Report on vaccination in Madras 1877-1894 - 1877-1894
Year: 1877
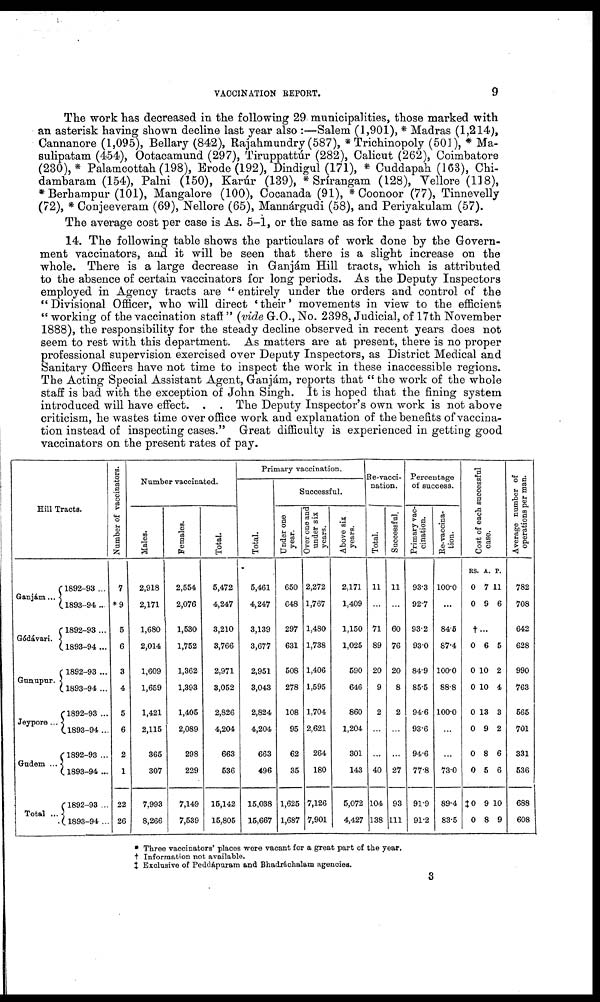
VACCINATION REPORT.
9
The work has decreased in the following 29 municipalities, those marked with
an asterisk having shown decline last year also :—Salem (1,901), * Madras (1,214),
Cannanore (1,095), Bellary (842), Rajahmundry (587), * Trichinopoly (501), * Ma¬
sulipatam (454), Ootacamund (297), Tiruppattúr (282), Calicut (262), Coimbatore
(230),* Palamcottah (198), Erode (192), Dindigul (171), * Cuddapah (163), Chi-
dambaram (154), Palni (150), Karúr (139), * Srírangam (128), Vellore (118),
* Berhampur (101), Mangalore (100), Cocanada (91), * Coonoor (77), Tinnevelly
(72), * Conjeeveram (69), Nellore (65), Mannárgudi (58), and Periyakulam (57).
The average cost per case is As. 5-1, or the same as for the past two years.
14. The following table shows the particulars of work done by the Govern-
ment vaccinators, and it will be seen that there is a slight increase on the
whole. There is a large decrease in Ganjám Hill tracts, which is attributed
to the absence of certain vaccinators for long periods. As the Deputy Inspectors
employed in Agency tracts are " entirely under the orders and control of the
"Divisional Officer, who will direct 'their' movements in view to the efficient
" working of the vaccination staff " (vide G.O., No. 2398, Judicial, of 17th November
1888), the responsibility for the steady decline observed in recent years does not
seem to rest with this department. As matters are at present, there is no proper
professional supervision exercised over Deputy Inspectors, as District Medical and
Sanitary Officers have not time to inspect the work in these inaccessible regions.
The Acting Special Assistant Agent, Ganjám, reports that " the work of the whole
staff is bad with the exception of John Singh. It is hoped that the fining system
introduced will have effect. . . The Deputy Inspector's own work is not above
criticism, he wastes time over office work and explanation of the benefits of vaccina-
tion instead of inspecting cases." Great difficulty is experienced in getting good
vaccinators on the present rates of pay.
Hill Tracts.
Ganjám...
Gódávari.
Gunupur.
Jeypore...
Gudem ...
Total ...
1892-93 ...
1893-94 ...
1892-93 ...
1893-94 ...
1892-93 ...
1893-94 ...
1892-93 ...
1893-94 ...
1892-93 ...
1893-94 ...
1892-93 ...
1893-94 ...
Number of vaccinators.
7
*9
5
6
3
4
5
6
2
1
22
26
Number vaccinated.
Males.
2,918
2,171
1,680
2,014
1,609
1,659
1,421
2,115
365
307
7,993
8,266
Females.
2,554
2,076
1,530
1,752
1,362
1,393
1,405
2,089
298
229
7,149
7,539
Total.
5,472
4,247
3,210
3,766
2,971
3,052
2,826
4,204
663
636
15,142
15,805
Primary vaccination.
Total.
6,461
4,247
3,139
3,677
2,951
3,043
2,824
4,204
663
496
15,038
15,667
Successful.
Under one
year.
650
648
297
631
508
278
108
95
62
35
1,625
1,687
Over one and
under six
years.
2,272
1,767
1,480
1,738
1,406
1,595
1,704
2,621
264
180
7,126
7,901
Above six
years.
2,171
1,409
1,150
1,025
590
646
860
1,204
301
143
5,072
4,427
Re-vacci-
nation.
Total.
11
...
71
89
20
9
2
...
...
40
104
138
Successful.
11
...
60
76
20
8
2
...
...
27
93
111
Percentage
of success.
Primary vac-
cination.
93.3
92.7
93.2
93.0
84.9
85.5
94.6
93.6
94.6
77.8
91.9
91.2
Re-vaccina-
tion.
100.0
...
84.5
87.4
100.0
88.8
100.0
...
...
73.0
89.4
83.5
Cost of each successful
case.
RS.
0
0
A.
7
9
P.
11
6
†...
0
0
0
0
0
0
0
‡0
0
6
10
10
13
9
8
5
9
8
5
2
4
3
2
6
6
10
9
Average number of
operations per man.
782
708
642
628
990
763
565
701
331
536
688
608
*
†
‡
Three vaccinators' places wore vacant for a great part of the year.
Information not available.
Exclusive of Peddápuram and Bhadráchalam agencies.
3